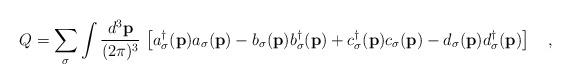
LaTeX: \begin{align*}Q=\sum_\sigma \int \frac{d^3 {\bf p}}{(2\pi)^3} \, \left [a_\sigma^\dagger ({\bf p}) a_\sigma ({\bf p}) -b_\sigma ({\bf p}) b_\sigma^\dagger ({\bf p}) +c_\sigma^\dagger ({\bf p}) c_\sigma ({\bf p}) -d_\sigma ({\bf p}) d_\sigma^\dagger ({\bf p})\right ]\quad,\end{align*}